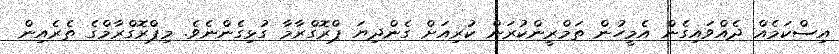
އިސްކަމެއް ދެއްވައިގެން އެމީހުން ތަމްރީންކުރަން ކުރިއަށް ގެންދިޔަ ޕްރޮގްރާމާ ގުޅިގެންނެވެ. މިޕްރޮގްރާމްގެ ތެރެއިން